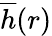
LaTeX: \overline{{h}}(r)